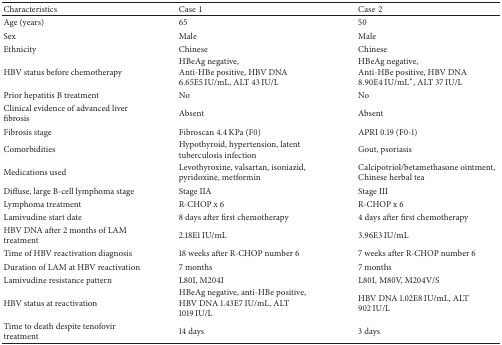
<table><thead><tr><td><b>Characteristics</b></td><td><b>Case1</b></td><td><b>Case2</b></td></tr></thead><tbody><tr><td>Age (years)</td><td>65</td><td>50</td></tr><tr><td>Sex</td><td>Male</td><td>Male</td></tr><tr><td>Ethnicity</td><td>Chinese</td><td>Chinese</td></tr><tr><td>HBV status before chemotherapy</td><td>HBeAg negative,Anti-HBe positive, HBV DNA 6.65E5 IU/mL, ALT 43 IU/L</td><td>HBeAg negative,Anti-HBe positive, HBV DNA 8.90E4 IU/mL∗, ALT 37 IU/L</td></tr><tr><td>Prior hepatitis B treatment</td><td>No</td><td>No</td></tr><tr><td>Clinical evidence of advanced liver fibrosis</td><td>Absent</td><td>Absent</td></tr><tr><td>Fibrosis stage</td><td>Fibroscan 4.4 KPa (F0)</td><td>APRI 0.19 (F0-1)</td></tr><tr><td>Comorbidities</td><td>Hypothyroid, hypertension, latent tuberculosis infection</td><td>Gout, psoriasis</td></tr><tr><td>Medications used</td><td>Levothyroxine, valsartan, isoniazid, pyridoxine, metformin</td><td>Calcipotriol/betamethasone ointment, Chinese herbal tea</td></tr><tr><td>Diffuse, large B-cell lymphoma stage</td><td>Stage IIA</td><td>Stage III</td></tr><tr><td>Lymphoma treatment</td><td>R-CHOP x 6</td><td>R-CHOP x 6</td></tr><tr><td>Lamivudine start date</td><td>8 days after first chemotherapy</td><td>4 days after first chemotherapy</td></tr><tr><td>HBV DNA after 2 months of LAM treatment</td><td>2.18E1 IU/mL</td><td>3.96E3 IU/mL</td></tr><tr><td>Time of HBV reactivation diagnosis</td><td>18 weeks after R-CHOP number 6</td><td>7 weeks after R-CHOP number 6</td></tr><tr><td>Duration of LAM at HBV reactivation</td><td>7 months</td><td>7 months</td></tr><tr><td>Lamivudine resistance pattern</td><td>L80I, M204I</td><td>L80I, M80V, M204V/S</td></tr><tr><td>HBV status at reactivation</td><td>HBeAg negative, anti-HBe positive, HBV DNA 1.43E7 IU/mL, ALT 1019 IU/L</td><td>HBV DNA 1.02E8 IU/mL, ALT 902 IU/L</td></tr><tr><td>Time to death despite tenofovir treatment</td><td>14 days</td><td>3 days</td></tr></tbody></table>